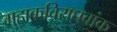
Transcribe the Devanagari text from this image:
महाकविराघवांक